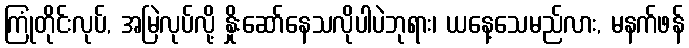
ကြုံတိုင်းလုပ်, အမြဲလုပ်လို့ နှိုးဆော်နေသလိုပါပဲဘုရား၊ ယနေ့သေမည်လား, မနက်ဖန်